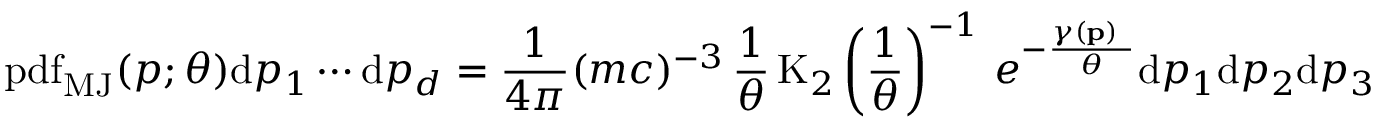
\operatorname { p d f } _ { \mathrm { M J } } ( p ; \theta ) \mathrm { d } p _ { 1 } \cdots \mathrm { d } p _ { d } = { \frac { 1 } { 4 \pi } } ( m c ) ^ { - 3 } \, { \frac { 1 } { \theta } } \operatorname { K } _ { 2 } \left( { \frac { 1 } { \theta } } \right) ^ { - 1 } \, e ^ { - { \frac { \gamma ( \mathbf { p ) } \ } { \theta } } } \mathrm { d } p _ { 1 } \mathrm { d } p _ { 2 } \mathrm { d } p _ { 3 }